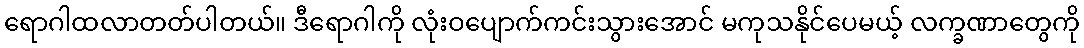
ရောဂါထလာတတ်ပါတယ်။ ဒီရောဂါကို လုံးဝပျောက်ကင်းသွားအောင် မကုသနိုင်ပေမယ့် လက္ခဏာတွေကို